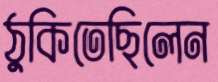
ঠুকিতেছিলেন